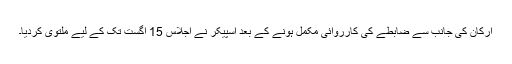
ارکان کی جانب سے ضابطے کی کارروائی مکمل ہونے کے بعد اسپیکر نے اجلاس 15 اگست تک کے لیے ملتوی کردیا۔